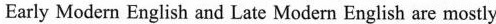
Early Modern English and Late Modern English are mostly